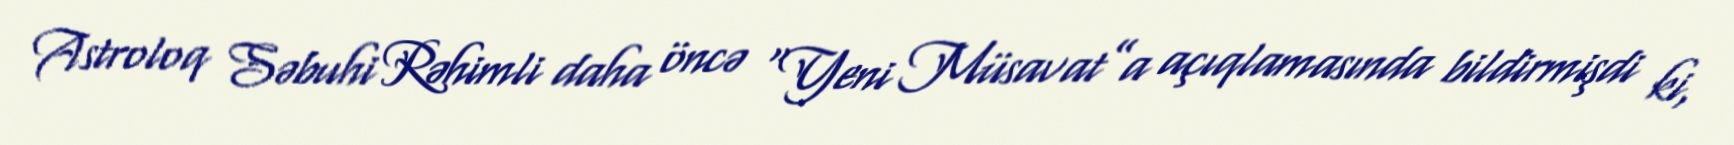
Astroloq Səbuhi Rəhimli daha öncə “Yeni Müsavat”a açıqlamasında bildirmişdi ki,